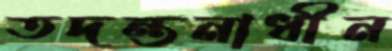
তদন্তনাধীন